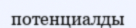
потенциалды